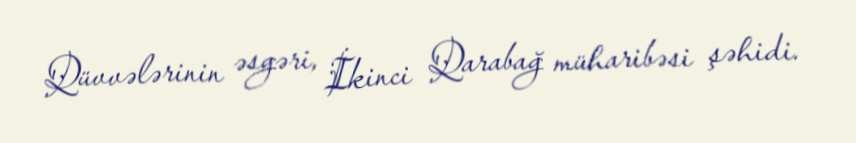
Qüvvələrinin əsgəri, İkinci Qarabağ müharibəsi şəhidi.